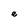
Character: e